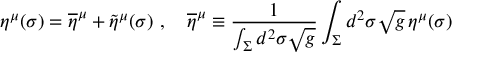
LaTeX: \eta ^ { \mu } ( \sigma ) = \overline { { \eta } } ^ { \mu } + \widetilde \eta ^ { \mu } ( \sigma ) \ , \quad \overline { { \eta } } ^ { \mu } \equiv { \frac { 1 } { \int _ { \Sigma } d ^ { 2 } \sigma \sqrt g } } \int _ { \Sigma } d ^ { 2 } \sigma \sqrt g \, \eta ^ { \mu } ( \sigma )